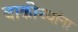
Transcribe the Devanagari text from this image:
बाकीच्यांना